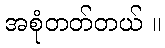
အစုံတတ်တယ် ။